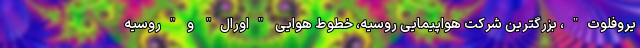
یروفلوت"، بزرگترین شرکت هواپیمایی روسیه، خطوط هوایی "اورال" و "روسیه